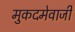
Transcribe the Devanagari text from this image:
मुकदमेवाजी